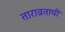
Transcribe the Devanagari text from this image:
ताराव्रताची